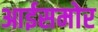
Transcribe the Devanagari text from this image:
आईसमोर